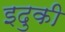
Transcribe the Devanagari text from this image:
इदुकी